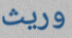
وريث